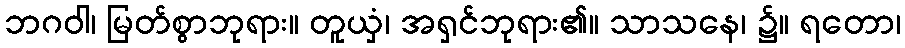
ဘဂဝါ၊ မြတ်စွာဘုရား။ တူယှံ၊ အရှင်ဘုရား၏။ သာသနေ၊ ၌။ ရတော၊